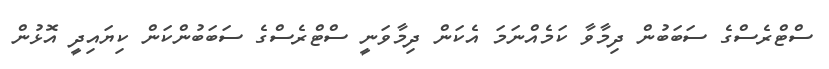
ސްޓްރެސްގެ ސަބަބުން ދިމާވާ ކަމެއްނަމަ އެކަން ދިމާވަނީ ސްޓްރެސްގެ ސަބަބުންކަން ކިޔައިދީ އޮޅުން